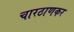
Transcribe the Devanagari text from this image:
चारठाणकर